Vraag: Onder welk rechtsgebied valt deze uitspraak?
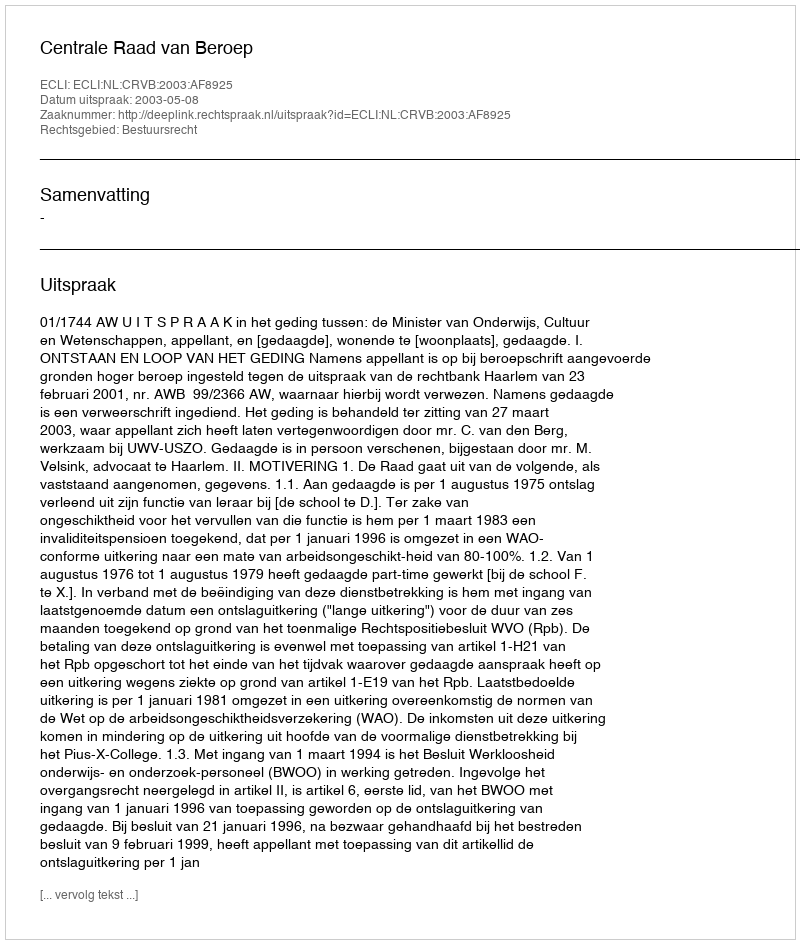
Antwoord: Bestuursrecht